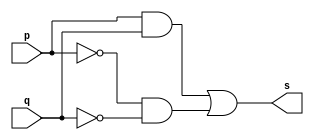
// ------------------------- 
// Exemplo0012 - XNOR
// Nome: Rafael Santos Moura 
// ------------------------- 
// --------------------- 
// -- xnor gate 
// --------------------- 
	module xnorgate (output s, input p, input q); 
	assign s = (p & q) | (~p & ~q);
	endmodule // xnor
// --------------------- 
// -- test xnorgate 
// --------------------- 
	module testxnorgate; 
// ------------------------- dados locais 
	reg a,b; // definir registrador 
	wire s; // definir conexao (fio) 
// ------------------------- instancia 
	xnorgate XNOR1 (s, a, b); 
// ------------------------- preparacao 
	initial begin:start 
	a=0;
	b=0;

end 

// ------------------------- parte principal 
	initial begin:main 
	$display("Exemplo0012 - Rafael Santos Moura - 441705"); 
	$display("Test xnor gate"); 
	$display("\n (a ^ b)' = s\n"); 
	$monitor("%b ^ %b = %b", a, b, s); 
	#1 a=0; b=0; 
	#1 a=0; b=1; 
	#1 a=1; b=0; 
	#1 a=1; b=1; 

end 

endmodule // testxnorgate